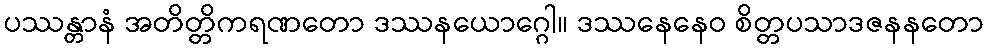
ပဿန္တာနံ အတိတ္တိကရဏတော ဒဿနယောဂ္ဂေါ။ ဒဿနေနေဝ စိတ္တပသာဒဇနနတော